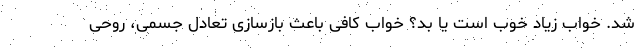
شد. خواب زیاد خوب است یا بد؟ خواب کافی باعث بازسازی تعادل جسمی، روحی